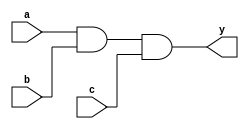
module and_block_assign
  (
  input wire a, b, c,
  output reg y
  );

  always @*
  begin
     y = a;
     y = y & b;
     y = y & c;
  end

endmodule